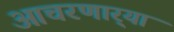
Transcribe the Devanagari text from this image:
आचरणार्‍या